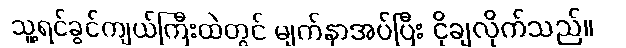
သူ့ရင်ခွင်ကျယ်ကြီးထဲတွင် မျက်နှာအပ်ပြီး ငိုချလိုက်သည်။